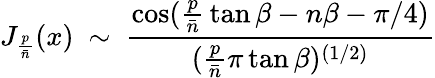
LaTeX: J_{{\frac{p}{\bar{n}}}}(x)~\sim~{\frac{\cos({\frac{p}{\bar{n}}}\tan\beta-n\beta-\pi/4)}{({\frac{p}{\bar{n}}}\pi\tan\beta)^{(1/2)}}}